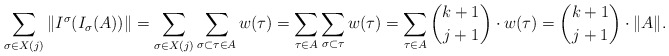
\begin{align*}\sum_{\sigma \in X(j)} \|I^\sigma(I_\sigma(A))\| = \sum_{\sigma\in X(j)} \sum_{\sigma \subset \tau \in A} w(\tau)= \sum_{\tau \in A} \sum_{\sigma \subset \tau} w(\tau) = \sum_{\tau \in A} {k+1 \choose j+1} \cdot w(\tau) = {k+1 \choose j+1} \cdot \|A\|.\end{align*}